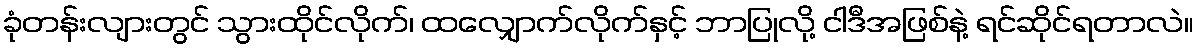
ခုံတန်းလျားတွင် သွားထိုင်လိုက်၊ ထလျှောက်လိုက်နှင့် ဘာပြုလို့ ငါဒီအဖြစ်နဲ့ ရင်ဆိုင်ရတာလဲ။